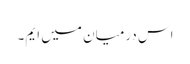
اس درمیان میں ایم۔